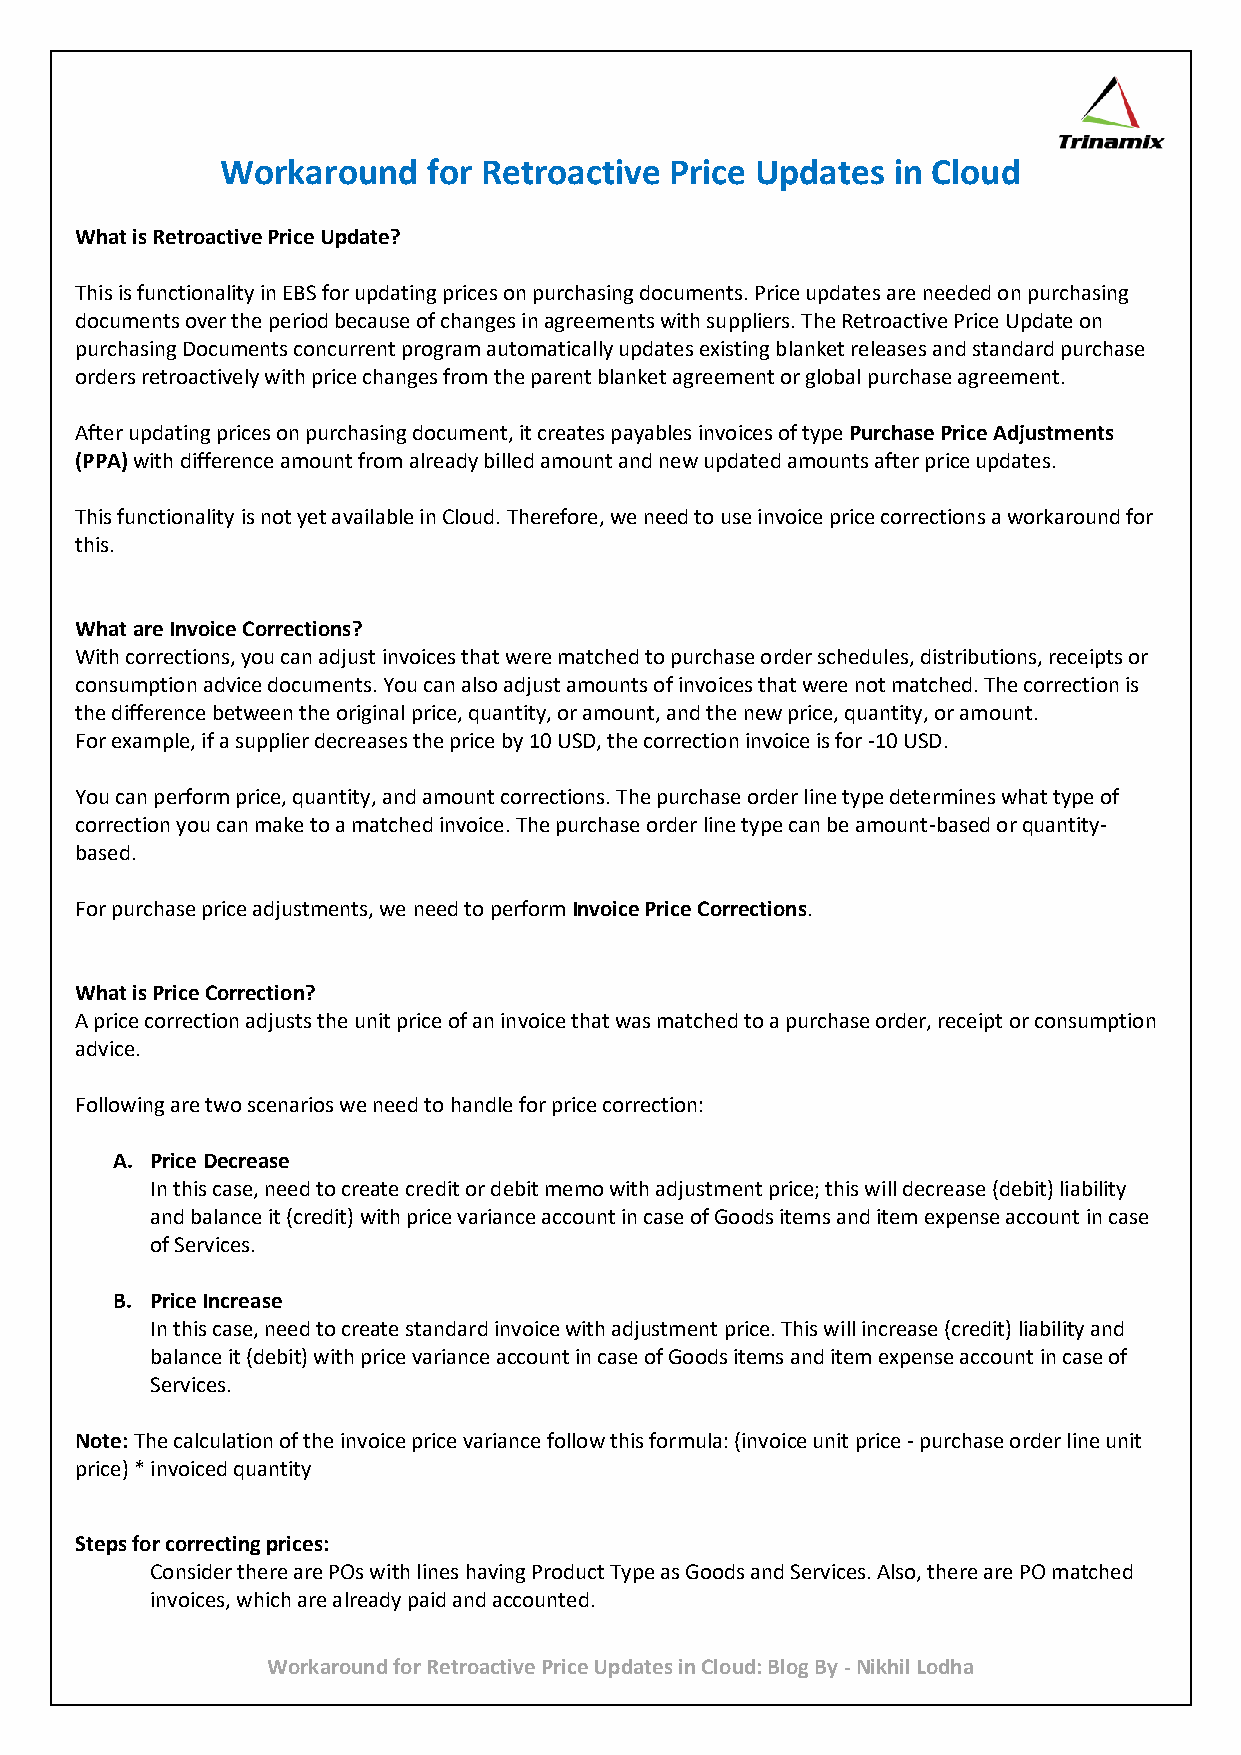
Workaround   for Retroactive Price Updates  in Cloud
 What is Retroactive Price Update?
 This is functionality in EBS for updating prices on purchasing documents. Price updates are needed on purchasing
 documents over the period because of changes in agreements with suppliers. The Retroactive Price Update on
 purchasing Documents concurrent program automatically updates existing blanket releases and standard purchase
 orders retroactively with price changes from the parent blanket agreement or global purchase agreement.
 After updating prices on purchasing document, it creates payables invoices of type Purchase Price Adjustments
 (PPA) with difference amount from already billed amount and new updated amounts after price updates.
 This functionality is not yet available in Cloud. Therefore, we need to use invoice price corrections a workaround for
 this.
 What are Invoice Corrections?
 With corrections, you can adjust invoices that were matched to purchase order schedules, distributions, receipts or
 consumption advice documents. You can also adjust amounts of invoices that were not matched. The correction is
 the difference between the original price, quantity, or amount, and the new price, quantity, or amount.
 For example, if a supplier decreases the price by 10 USD, the correction invoice is for -10 USD.
 You can perform price, quantity, and amount corrections. The purchase order line type determines what type of
 correction you can make to a matched invoice. The purchase order line type can be amount-based or quantity-
 based.
 For purchase price adjustments, we need to perform Invoice Price Corrections.
 What is Price Correction?
 A price correction adjusts the unit price of an invoice that was matched to a purchase order, receipt or consumption
 advice.
 Following are two scenarios we need to handle for price correction:
 A. Price Decrease
 In this case, need to create credit or debit memo with adjustment price; this will decrease (debit) liability
 and balance it (credit) with price variance account in case of Goods items and item expense account in case
 of Services.
 B. Price Increase
 In this case, need to create standard invoice with adjustment price. This will increase (credit) liability and
 balance it (debit) with price variance account in case of Goods items and item expense account in case of
 Services.
 Note: The calculation of the invoice price variance follow this formula: (invoice unit price - purchase order line unit
 price) * invoiced quantity
 Steps for correcting prices:
 Consider there are POs with lines having Product Type as Goods and Services. Also, there are PO matched
 invoices, which are already paid and accounted.
 Workaround for Retroactive Price Updates in Cloud: Blog By - Nikhil Lodha